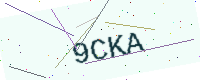
Text: 9CKA